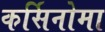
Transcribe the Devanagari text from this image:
कर्सिनोमा